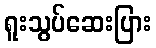
ရူးသွပ်ဆေးပြား